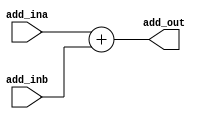
`timescale 1ns / 1ps
//////////////////////////////////////////////////////////////////////////////////
// Company: 
// Engineer: 
// 
// Design Name: 
// Module Name:    Add 
// Project Name: 
// Target Devices: 
// Tool versions: 
// Description: 
//
// Dependencies: 
//
// Revision: 
// Revision 0.01 - File Created
// Additional Comments: 
//
//////////////////////////////////////////////////////////////////////////////////
module Add(
	input [31:0] add_ina,
	input [31:0] add_inb,
	output [31:0] add_out
	);

	assign add_out = add_ina + add_inb;
endmodule